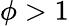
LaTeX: \phi>1